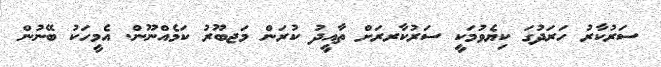
ސަރުކާރު ހަރަދުގަ ކިޔެވުމަކީ ސަރުކާރރަށް ތާއީދު ކުރަން މަޖބޫރު ކަމެއްނޫން. އެމީހަކު ބޭނުން